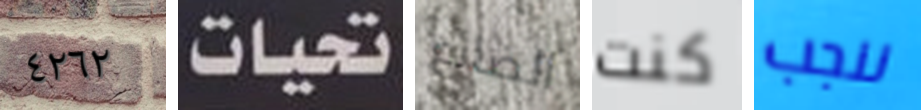
٤٢٦٢ تحيات الضائع كنت ننجب